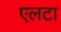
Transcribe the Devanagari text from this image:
एलटा